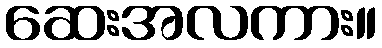
ဆေးအလကား။